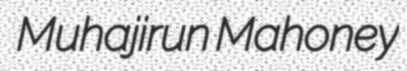
Muhajirun Mahoney